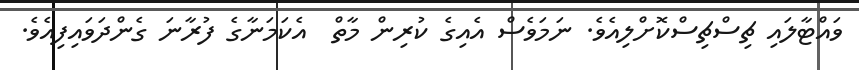
ވައްޓާލައި ޗިސްޗިސްކޮށްލިއެވެ. ނަމަވެސް އެއިގެ ކުރިން މާތް  އެކަމަނާގެ ފުރާނަ ގެންދަވައިފިއެވެ.